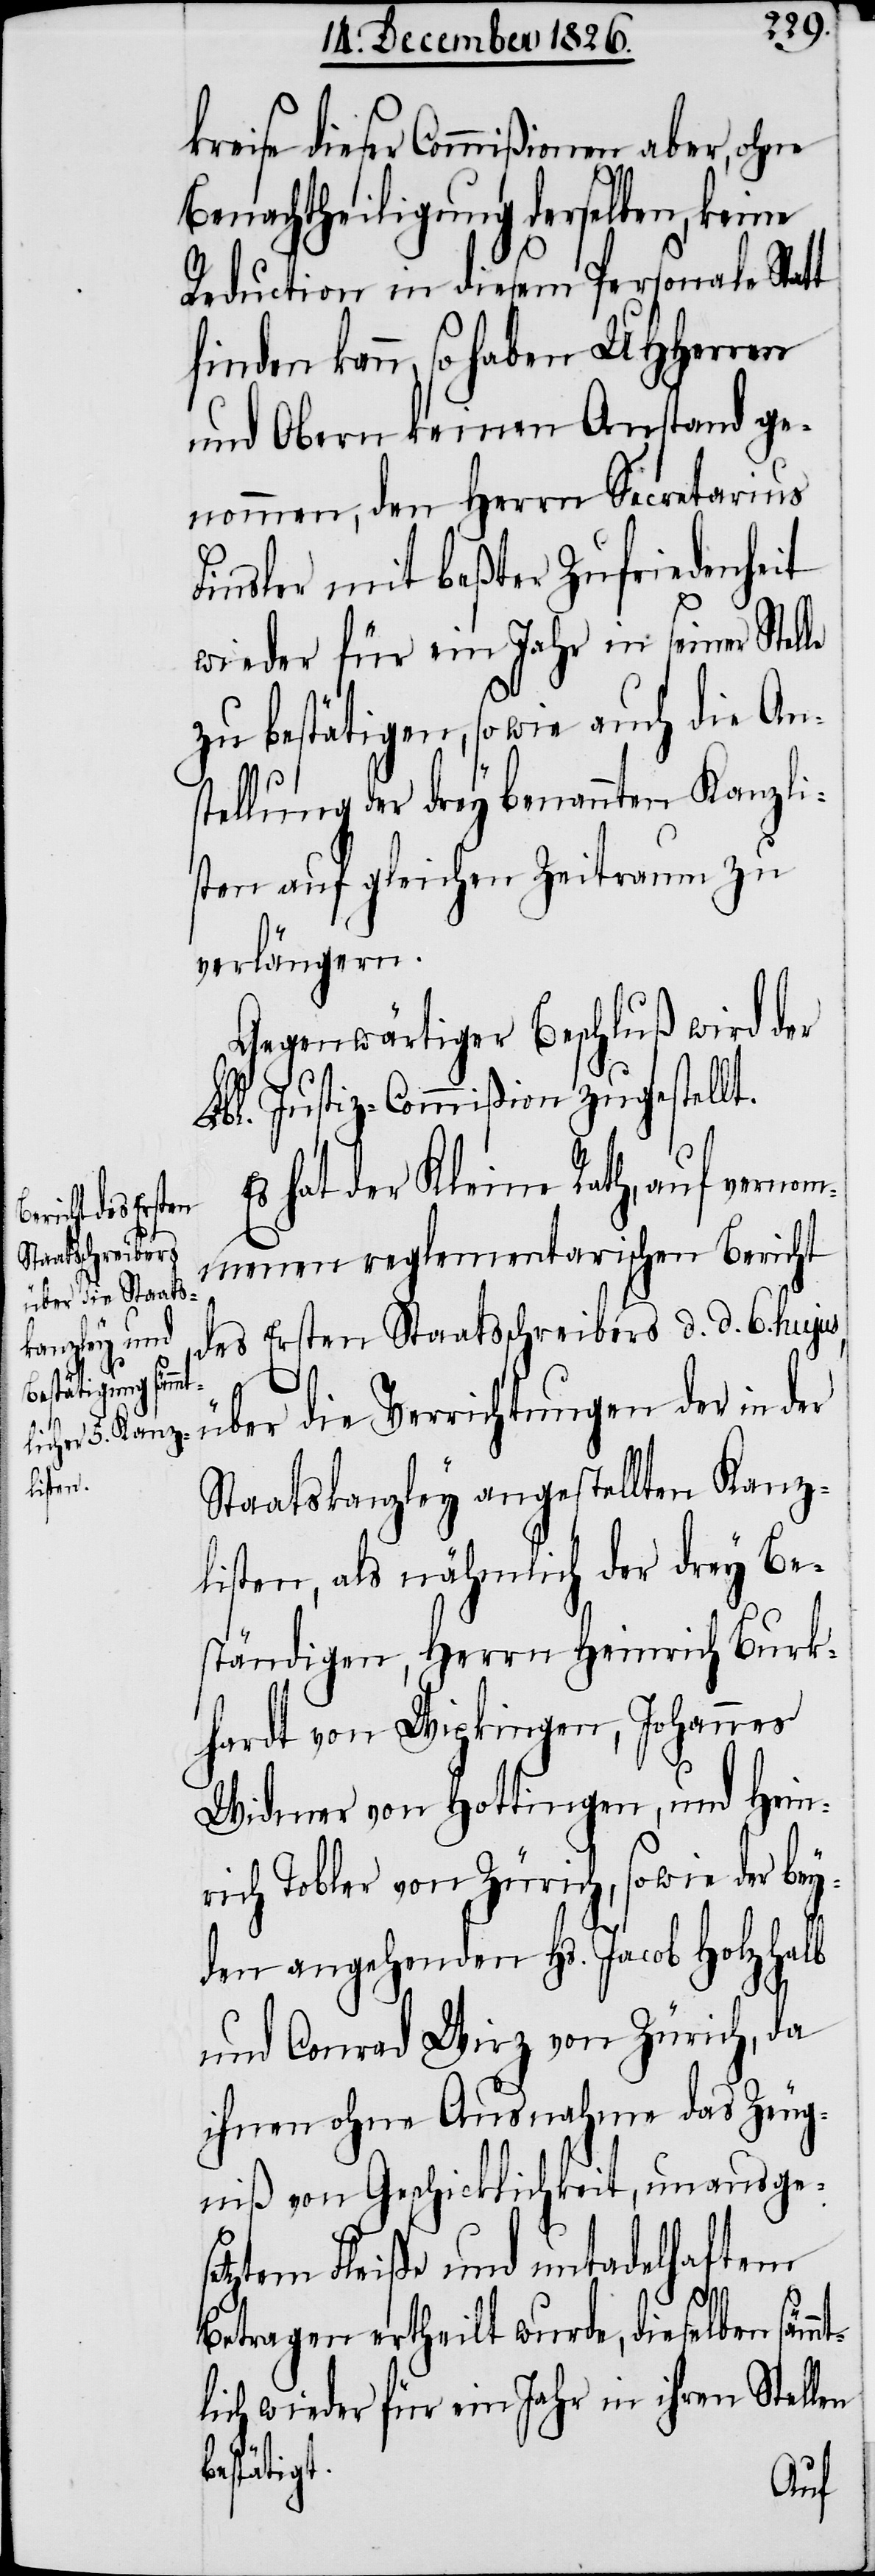
kreise dieser Commißion aber, ohne
Benachtheiligung derselben, keine
Reduction in diesem Personale Statt
kann, so haben UHHerren
und Obern keinen Anstand ge¬
nommen, den Herrn Secretarius
Finsler mit beßter Zufriedenheit
wieder für ein Jahr in seiner Stel¬
zu bestätigen, sowie auch die Ans¬
tellung der drey benannten Kanzli¬
sten auf gleichen Zeitraum zu
verlängern.
Gegenwärtiger Beschluß wird der
Lbl. Justiz-Commißion zugestellt.
Es hat der Kleine Rath, auf vernom¬
menen reglementarischen Bericht,
des Ersten Staatsschreibers d. d. 6. hujus,
über die Verrichtungen der in der
Staatskanzley angestellten Kanz¬
listen, als nähmlich der drey Be¬
ständigen, Herrn Heinrich Burk¬
hardt von Wipkingen, Johannes
Widmer von Hottingen, und Heinr¬
ich Tobler von Zürich, sowie der be¬
yden angehenden Hs. Jacob Holzhalb
und Conrad Wirz von Zürich, da
ihnen ohne Ausnahme das Zeug¬
niß von Geschicklichkeit, unausge¬
setztem Fleiße und untadelhaftem
le
Betragen ertheilt wurde, dieselben sämmt¬
lich wieder für ein Jahr in ihren Stellen
bestätigt.